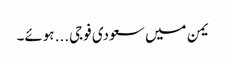
یمن میں سعودی فوجی... ہوئے۔